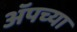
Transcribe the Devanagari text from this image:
अॅपच्या